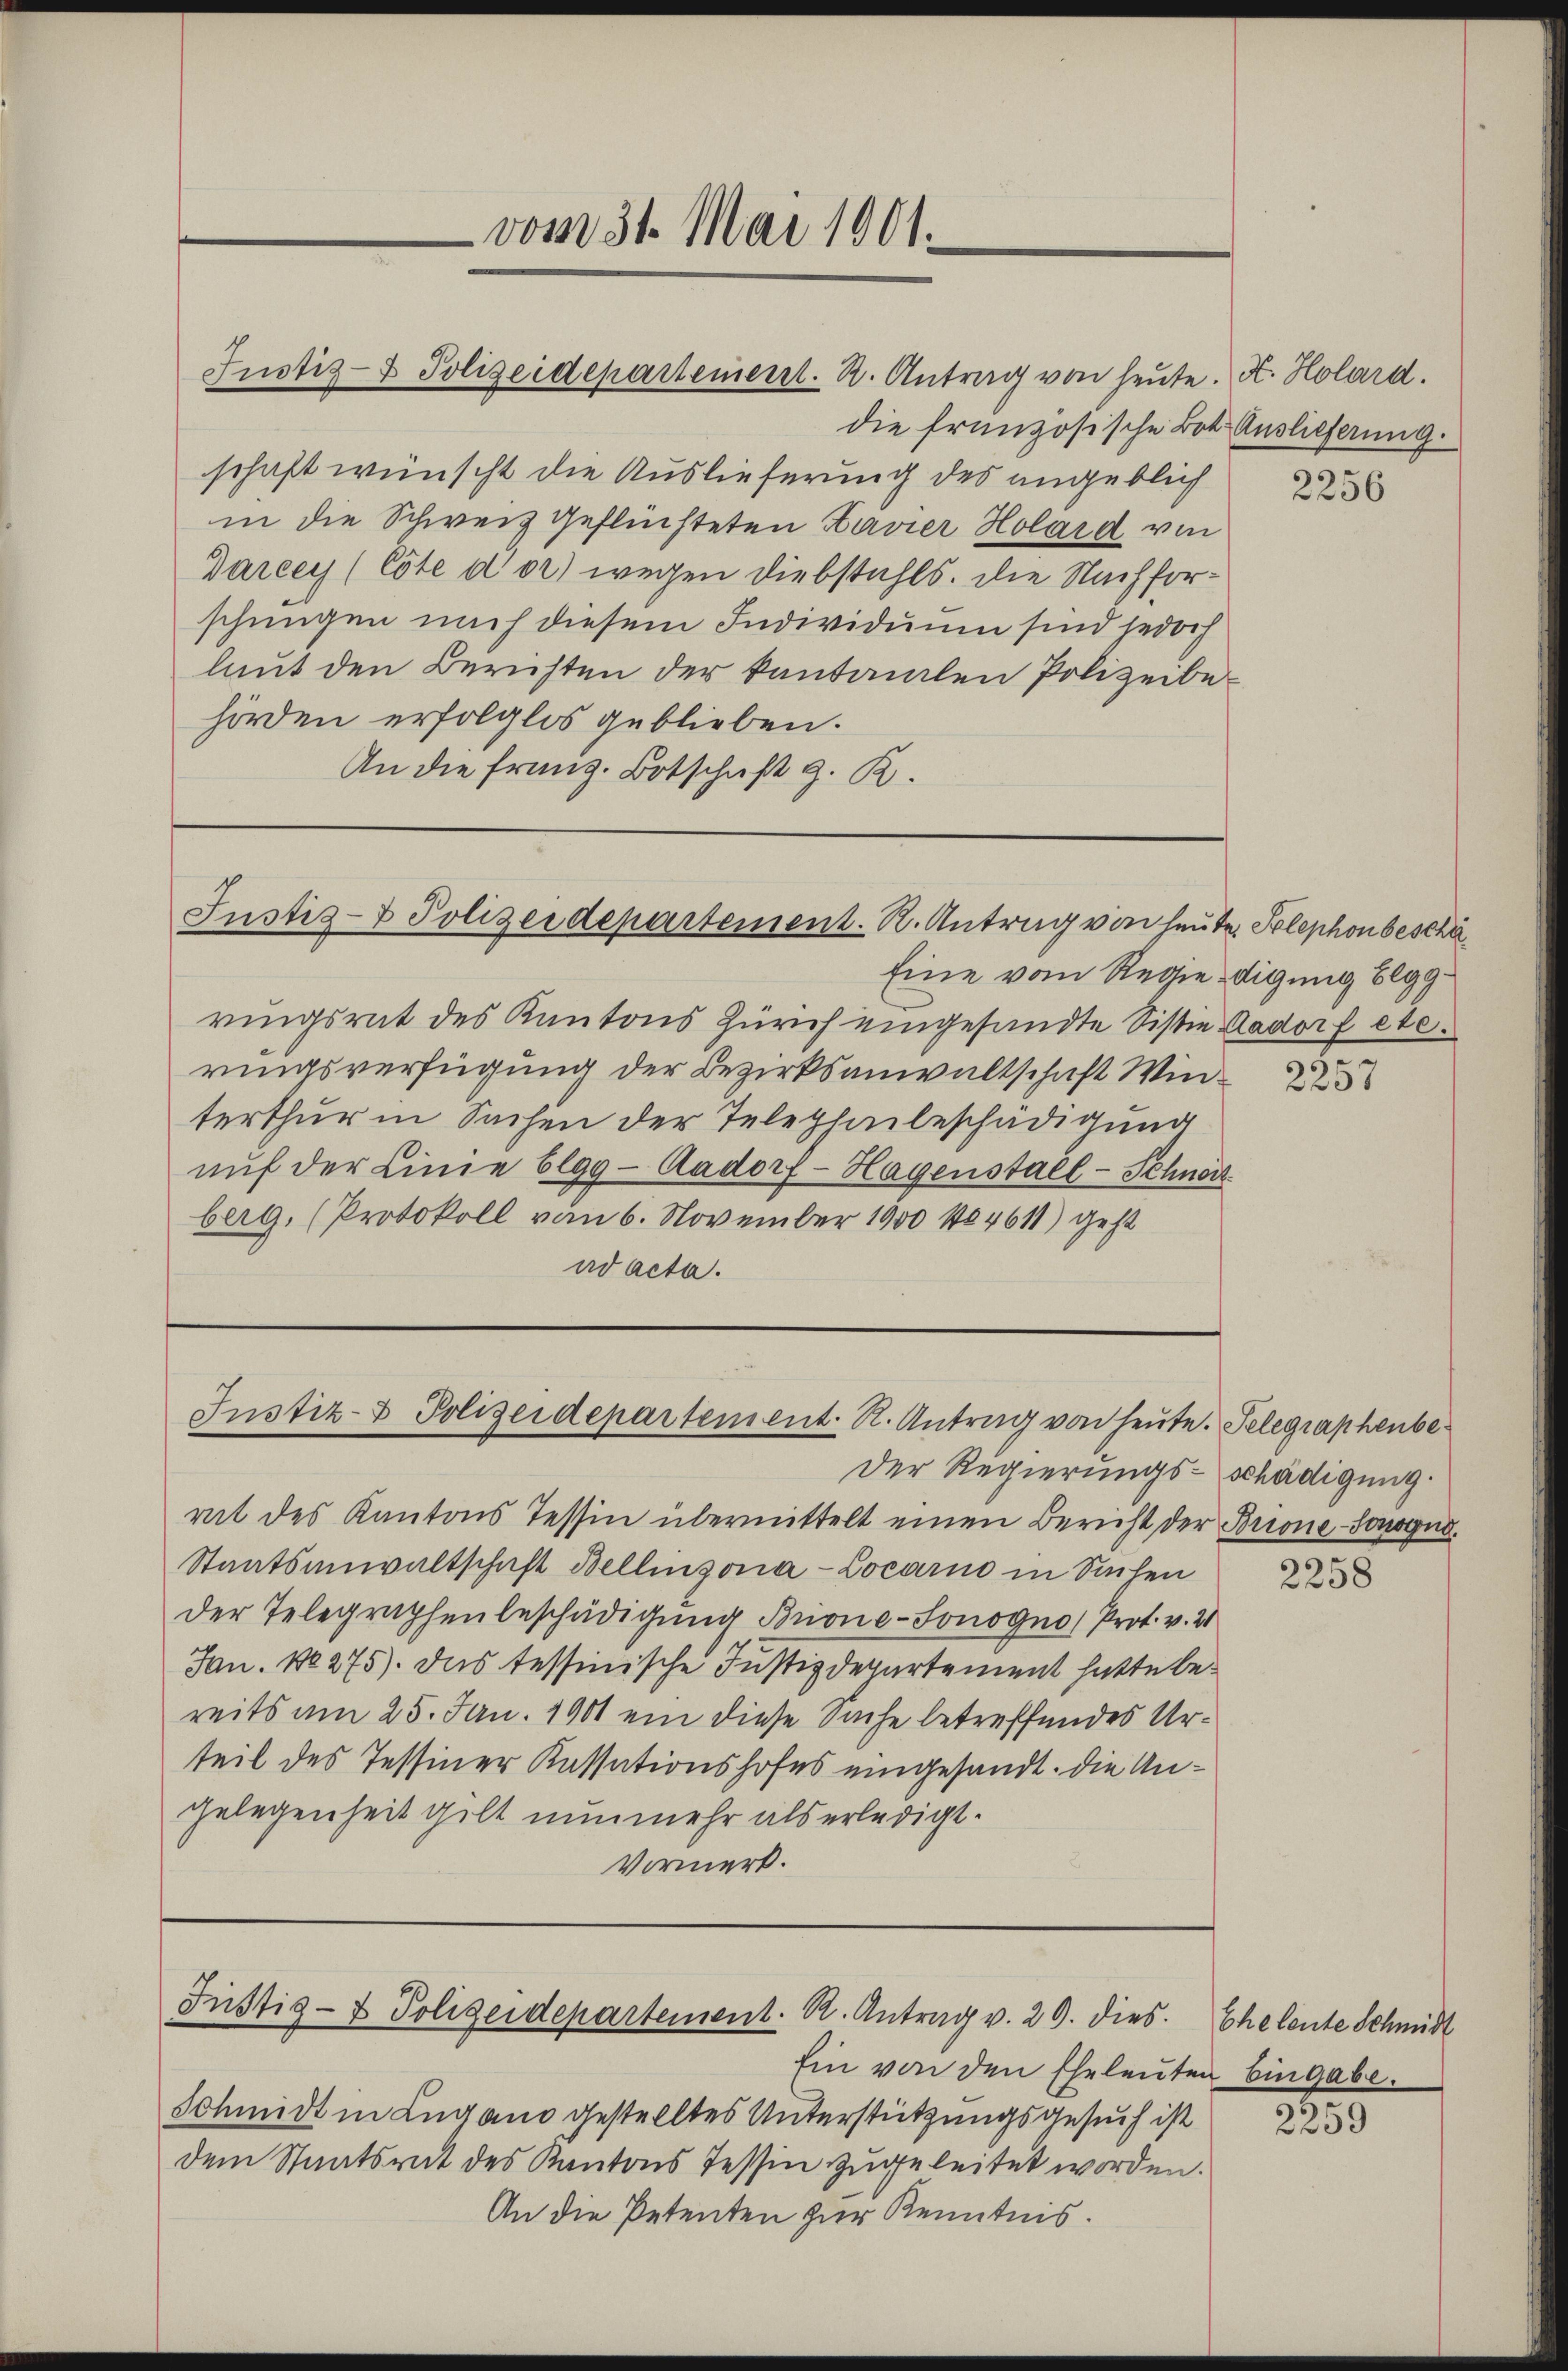
vom 31. Mai 1901.

die französische Bot Auslieferung.
schaft wünscht die Auslieferung des angeblich
in die Schweiz geflüchteten Kavier Holard von
Darcey (Cote der) wegen Diebstahls. Die Nachforschungen nach diesem Individuum sind jedoch
laut den Berichten der kantonalen Polizeibehörden erfolglos geblieben.
An die franz. Botschaft z. R.

Justiz- & Polizeidepartement. R. Antrag von heute. A. Holard.

Justiz- & Polizeidepartement. R. Antrag von heute. Telephonbeschä

Justiz- & Polizeidepartement. R. Antrag von heute. Telegraphenbe¬

Eine vom Regie digung Elggringsrat des Kantons Zürich eingesandte Sistin Aadorf etc.
rungsverfügung der Bezirksanwaltschaft Winterthur in Sachen der Teleglaubeschädigung
aŭf der Linie blgg-Aadorf- Hagenstall-Schnert.
berg, (Protokoll von 6. November 1900 104611) geht
ad acta.

Ein von den Eheleuten Eingabe.
Schmidt in Lugano gestelltes Unterstützungsgesuch ist
dem Staatsrat des Kantons Tessin zugeleitet worden.
An die Petenten zur Kenntnis.

Der Regierungs- schädigung.
rat des Kantons Tessin übermittelt einen Bericht der Brione-Sonognd.
Staatsanwaltschaft Bellinzona-Locarno in Sachen
der Telegraphenbeschädigung Brione-Sonogno Prof. v. 21
Jan. No 275). Das tessinische Justizdepartement hatte bereits am 25. Jan. 1901 ein diese Sache betreffendes Urteil des Tessiner Kassationshofes eingesandt. Die Angelegenheit gilt nunmehr als erledigt.
Vormerk.

Justiz- & Polizeidepartement. R. Antrag v. 29. dies

2256

2257

2258

Eheleute Schmidt

2259